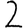
Digit: 2